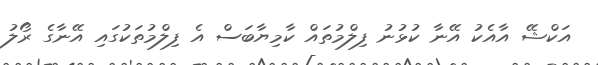
އަކްޝޭ އާއެކު އޭނާ ކުޅުނު ފިލްމުތައް ކާމިޔާބަސް އެ ފިލްމުތަކުގައި އޭނާގެ ރޯލު